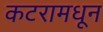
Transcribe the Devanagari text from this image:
कटरामधून